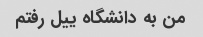
من به دانشگاه ییل رفتم